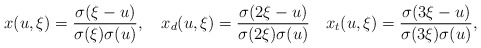
\begin{align*}x(u,\xi)={\sigma(\xi-u)\over{\sigma(\xi)\sigma(u)}}, \quad x_d(u,\xi)={\sigma(2\xi-u)\over{\sigma(2\xi)\sigma(u)}} \quad x_t(u,\xi)={\sigma(3\xi-u)\over{\sigma(3\xi)\sigma(u)}},\end{align*}